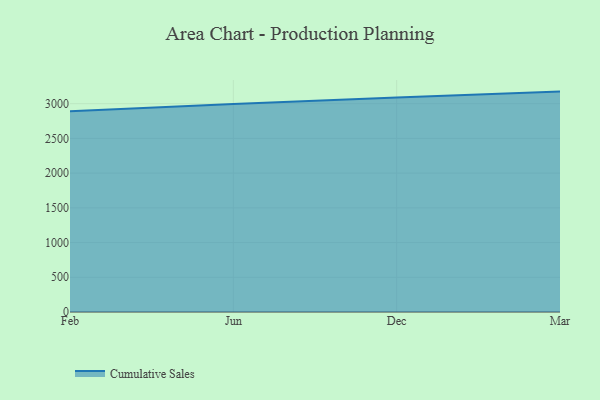
{"axis": {"x": "Month", "y": "Energy Usage (MWh)"}, "legend": ["Cumulative Sales"], "data": [{"x": "Feb", "y": 2889.2, "type": "Cumulative Sales"}, {"x": "Jun", "y": 2996.1, "type": "Cumulative Sales"}, {"x": "Dec", "y": 3088.3, "type": "Cumulative Sales"}, {"x": "Mar", "y": 3173.9, "type": "Cumulative Sales"}]}